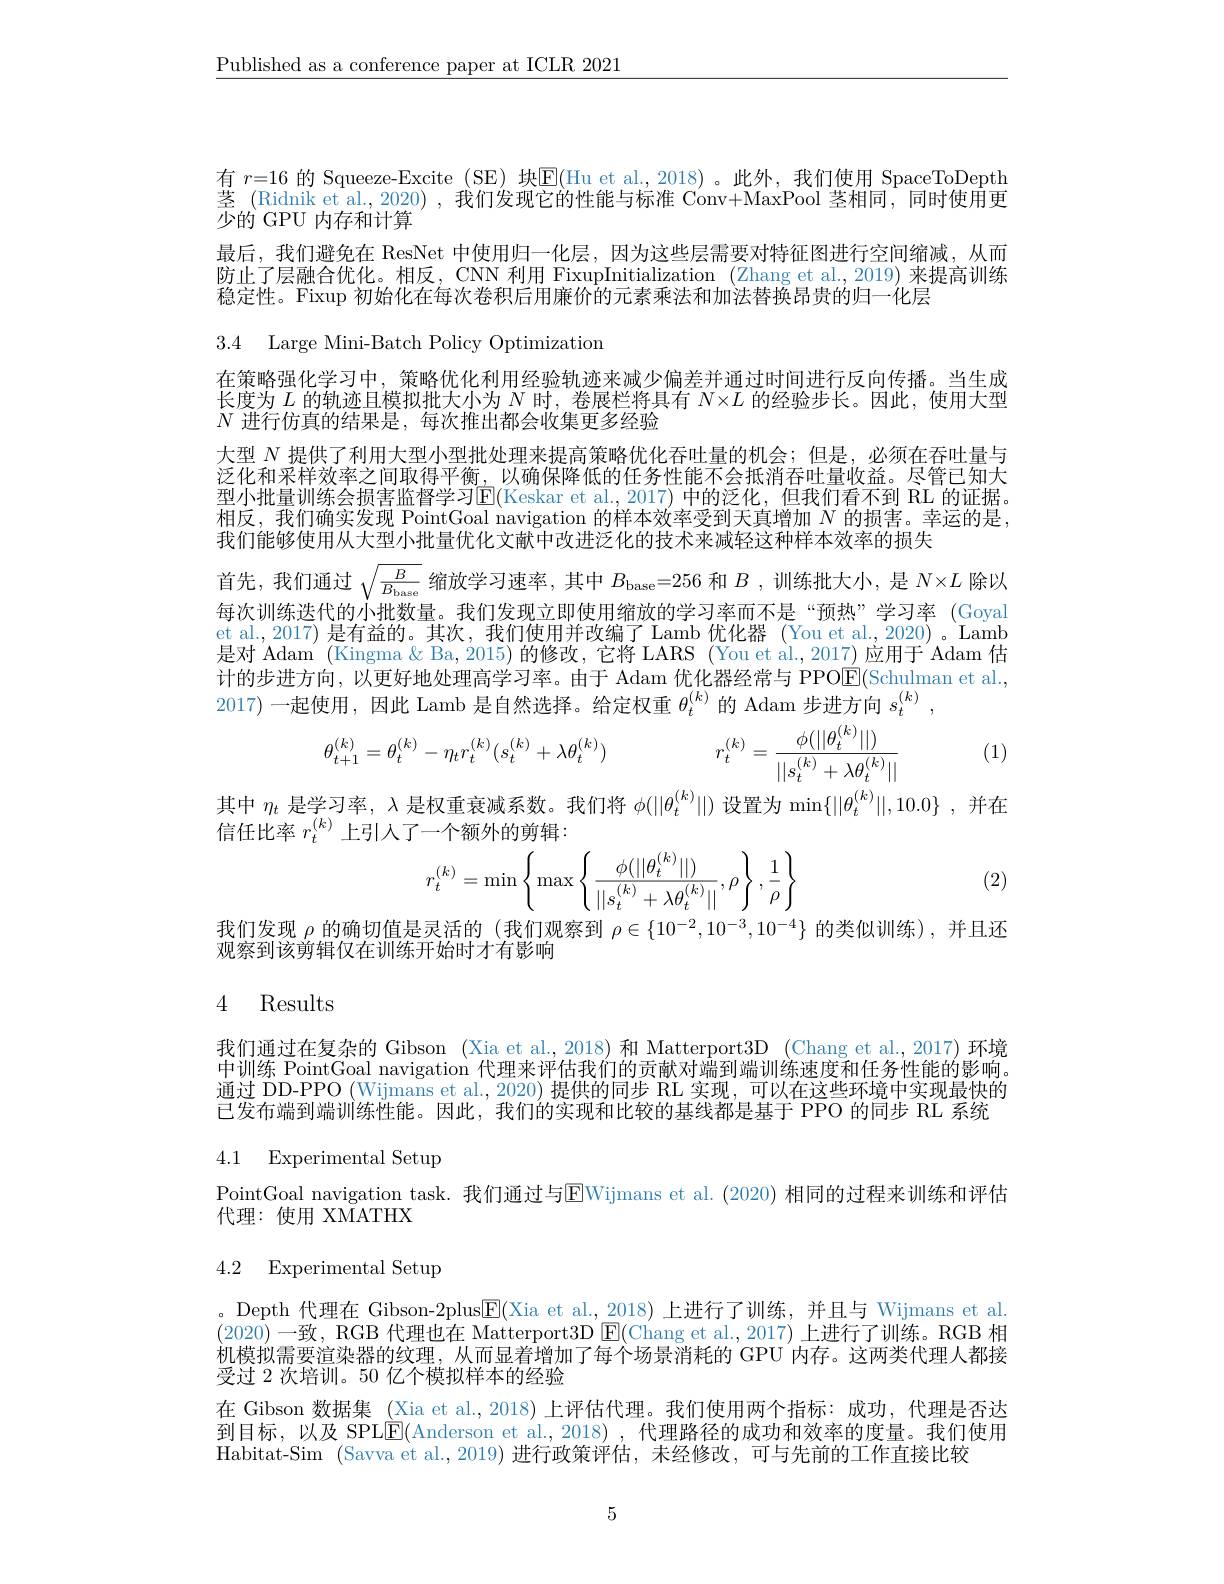
$\underline{\text{Published as a conference paper at ICLR 2021}}$

有 $r=16$ 的 Squeeze-Excite (SE) 块$\boxed{\mathrm{E}}($Hu et al.,2018)。此外，我们使用 SpaceToDepth 茎 (Ridnik et al., 2020) , 我们发现它的性能与标准 Conv+MaxPool 茎相同，同时使用更少的 GPU 内存和计算
最后，我们避免在 ResNet 中使用归一化层，因为这些层需要对特征图进行空间缩减，从而防止了层融合优化。相反，CNN 利用 FixupInitialization (Zhang et al.,2019) 来提高训练稳定性。Fixup 初始化在每次卷积后用廉价的元素乘法和加法替换昂贵的归一化层

3.4 Large Mini-Batch Policy Optimization

在策略强化学习中，策略优化利用经验轨迹来减少偏差并通过时间进行反向传播。当生成长度为$L$的轨迹且模拟批大小为$N$时，卷展栏将具有$N\times L$的经验步长。因此，使用大型$N$进行仿真的结果是，每次推出都会收集更多经验

大型$N$提供了利用大型小型批处理来提高策略优化吞吐量的机会；但是，必须在吞吐量与泛化和采样效率之间取得平衡，以确保降低的任务性能不会抵消吞吐量收益。尽管已知大型小批量训练会损害监督学习$\boxed{\mathrm{E}}($Keskar et al.,2017) 中的泛化，但我们看不到 RL 的证据。相反，我们确实发现 PointGoal navigation 的样本效率受到天真增加$N$的损害。幸运的是， 我们能够使用从大型小批量优化文献中改进泛化的技术来减轻这种样本效率的损失
首先，我们通过$\sqrt{\frac B{B_{\mathrm{base}}}}$缩放学习速率，其中$B_{\mathrm{base}}=256$和$B$ ,训练批大小，是$N\times L$除以每次训练迭代的小批数量。我们发现立即使用缩放的学习率而不是“预热”学习率 (Goyal et al.,2017)是有益的。其次，我们使用并改编了 Lamb 优化器 (You et al.,2020) 。Lamb 是对 Adam (Kingma & Ba, 2015) 的修改，它将 LARS ( You et al., 2017) 应用于 Adam 估计的步进方向，以更好地处理高学习率。由于 Adam 优化器经常与 PPOE(Schulman et al., 2017)一起使用，因此 Lamb 是自然选择。给定权重$\theta_t^{(k)}$的 Adam 步进方向$s_t^{(k)}$,
$$\theta_{t+1}^{(k)}=\theta_t^{(k)}-\eta_tr_t^{(k)}(s_t^{(k)}+\lambda\theta_t^{(k)})\quad r_t^{(k)}=\frac{\phi(||\theta_t^{(k)}||)}{||s_t^{(k)}+\lambda\theta_t^{(k)}||}$$
(1)

其中$\eta_t$是学习率，$\lambda$是权重衰减系数。我们将$\phi(||\theta_t^{(k)}||)$设置为$\min\{\|\theta_t^{(k)}\|,10.0\}$,并在
信任比率$r_t^{(k)}$上引入了一个额外的剪辑：
$$r_t^{(k)}=\min\left\{\max\left\{\frac{\phi(||\theta_t^{(k)}||)}{||s_t^{(k)}+\lambda\theta_t^{(k)}||},\rho\right\},\frac{1}{\rho}\right\}$$
(2)

我们发现$\rho$的确切值是灵活的 (我们观察到$\rho\in\{10^-2,10^{-3},10^{-4}\}$的类似训练),并且还
观察到该剪辑仅在训练开始时才有影响

## 4 Results

我们通过在复杂的 Gibson (Xia et al., 2018) 和 Matterport3D (Chang et al., 2017) 环境中训练 PointGoal navigation 代理来评估我们的贡献对端到端训练速度和任务性能的影响。通过 DD-PPO (Wijmans et al., 2020) 提供的同步 RL 实现，可以在这些环境中实现最快的已发布端到端训练性能。因此，我们的实现和比较的基线都是基于 PPO 的同步 RL 系统

# 4.1 Experimental Setup

PointGoal navigation task. 我们通过与E$Wijmans et al. ( 2020) 相 同 的 过 程 来 训 练 和 评 估$
代理：使用 XMATHX

# 4.2 Experimental Setup

。Depth 代理在 Gibson-2plus$\underline{\mathrm{E}}($Xia et al.,2018) 上进行了训练，并且与 Wijmans et al. (2020)一致，RGB 代理也在 Matterport3D $\boxed{\mathrm{E}}($Chang et al.,2017)上进行了训练。RGB 相机模拟需要渲染器的纹理，从而显着增加了每个场景消耗的 GPU 内存。这两类代理人都接受过 2 次培训。50 亿个模拟样本的经验
在 Gibson 数据集 (Xia et al.,2018)上评估代理。我们使用两个指标：成功，代理是否达到目标，以及 SPLE(Anderson et al., 2018) , 代理路径的成功和效率的度量。我们使用Habitat-Sim (Savva et al.,2019) 进行政策评估，未经修改，可与先前的工作直接比较

5